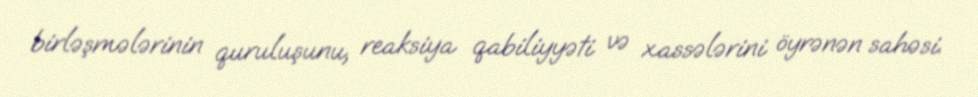
birləşmələrinin quruluşunu, reaksiya qabiliyyəti və xassələrini öyrənən sahəsi.